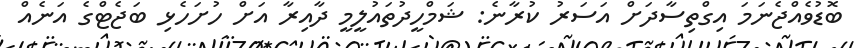
ބޮޑުވެއްޖެނަމަ އިގްތިސާދަށް އަސަރު ކުރާނެ: ޝަމްހީދުތައުލީމީ ދާއިރާ އަށް ހުށަހެޅި ބަޖެޓްގެ އަނެއް